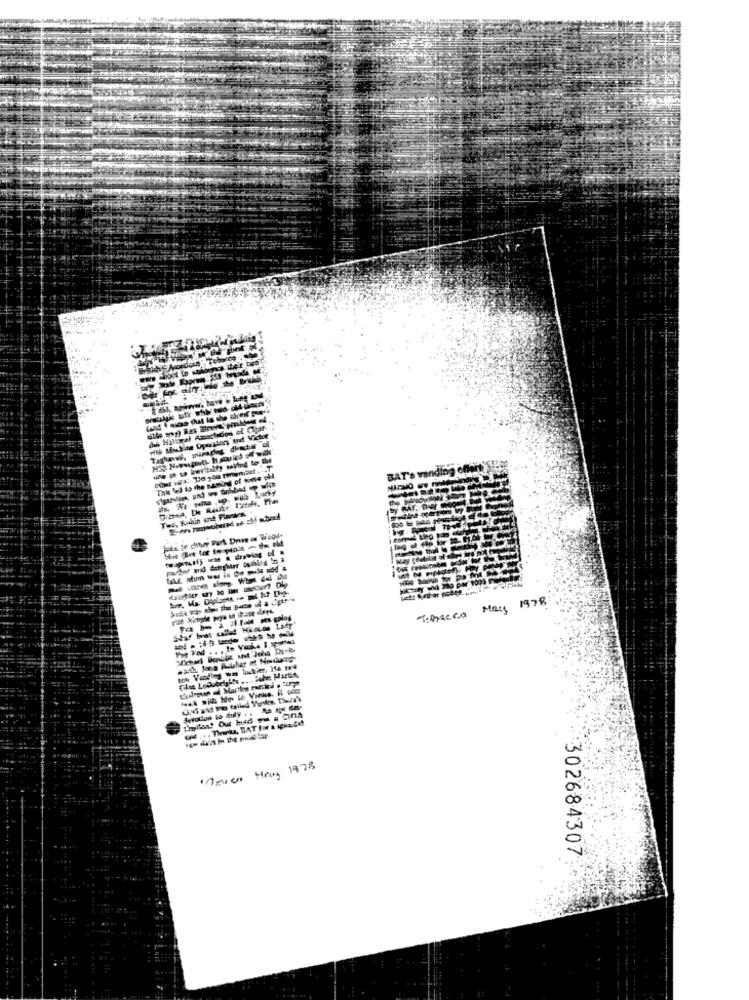
de Hilisral Amacticos of Clar-
BAT
Tec, Ralin and Planten
Jeks in die Par Drive of Wood
------
Tomacca Mas 1978
-------
detodos to difly . . As iyi da-
"Agiven Hous 1978
302684307